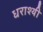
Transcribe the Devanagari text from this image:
धराश्यी